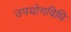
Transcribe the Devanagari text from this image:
उपयोगविधि